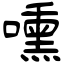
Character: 嚑